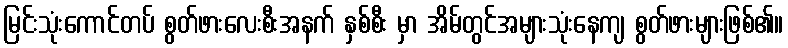
မြင်းသုံးကောင်တပ် စွတ်ဖားလေးစီးအနက် နှစ်စီး မှာ အိမ်တွင်အများသုံးနေကျ စွတ်ဖားများဖြစ်၏။